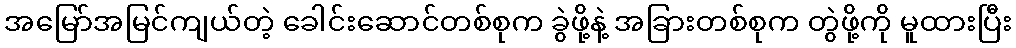
အမြော်အမြင်ကျယ်တဲ့ ခေါင်းဆောင်တစ်စုက ခွဲဖို့နဲ့ အခြားတစ်စုက တွဲဖို့ကို မူထားပြီး